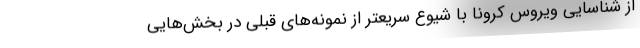
از شناسایی ویروس کرونا با شیوع سریعتر از نمونه‌های قبلی در بخش‌هایی